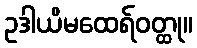
ဥဒါယိမထေရ်ဝတ္ထု။